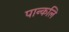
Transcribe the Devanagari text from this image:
पान्कलि